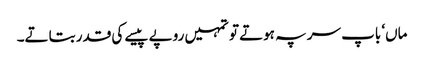
ماں‘ باپ سر پہ ہوتے تو تمہیں روپے پیسے کی قدر بتاتے۔